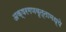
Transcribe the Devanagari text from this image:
अक्षरगणवृत्तामध्ये